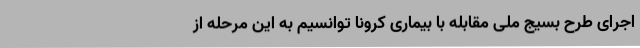
اجرای طرح بسیج ملی مقابله با بیماری کرونا توانسیم به این مرحله از